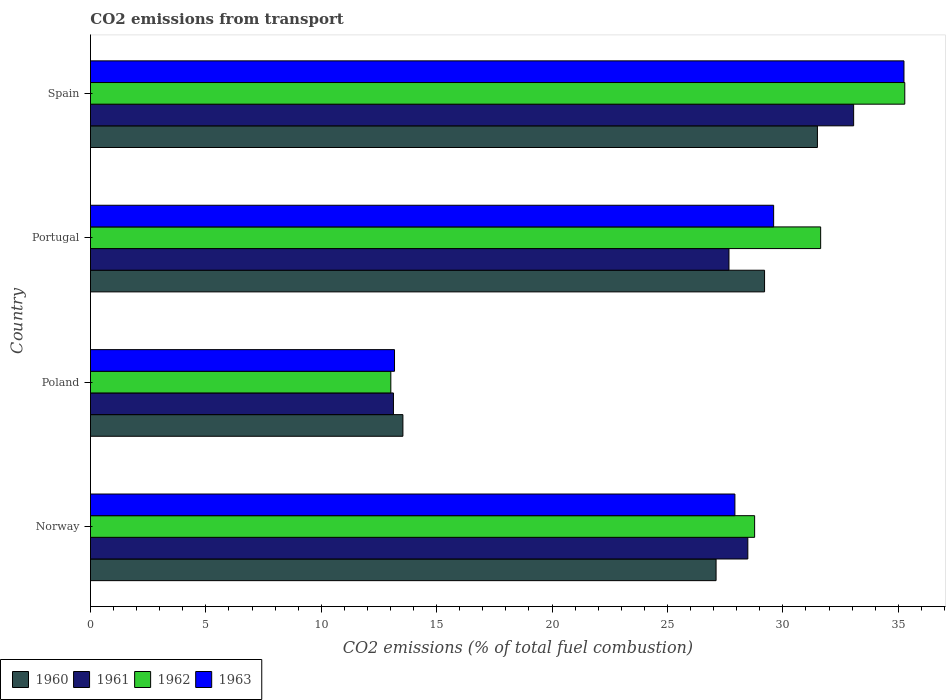
| Country | 1960 | 1961 | 1962 | 1963 |
 | --- | --- | --- | --- | --- |
 | Norway | 27.1 | 28.5 | 28.8 | 27.9 |
 | Poland | 13.5 | 13.1 | 13 | 13.2 |
 | Portugal | 29.2 | 27.7 | 31.6 | 29.6 |
 | Spain | 31.5 | 33.1 | 35.3 | 35.2 |